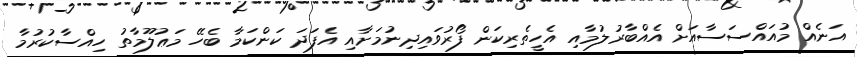
އަނެއް މުއައްސަސާއަށް އެއްބާރުލުމާއި އެހީތެރިކަން ފޯރުވައިދިނުމަށާއި އެފަދަ ކަންކަމާ ބެހޭ މަޢުލޫމާތު ހިއްސާކުރުމާ